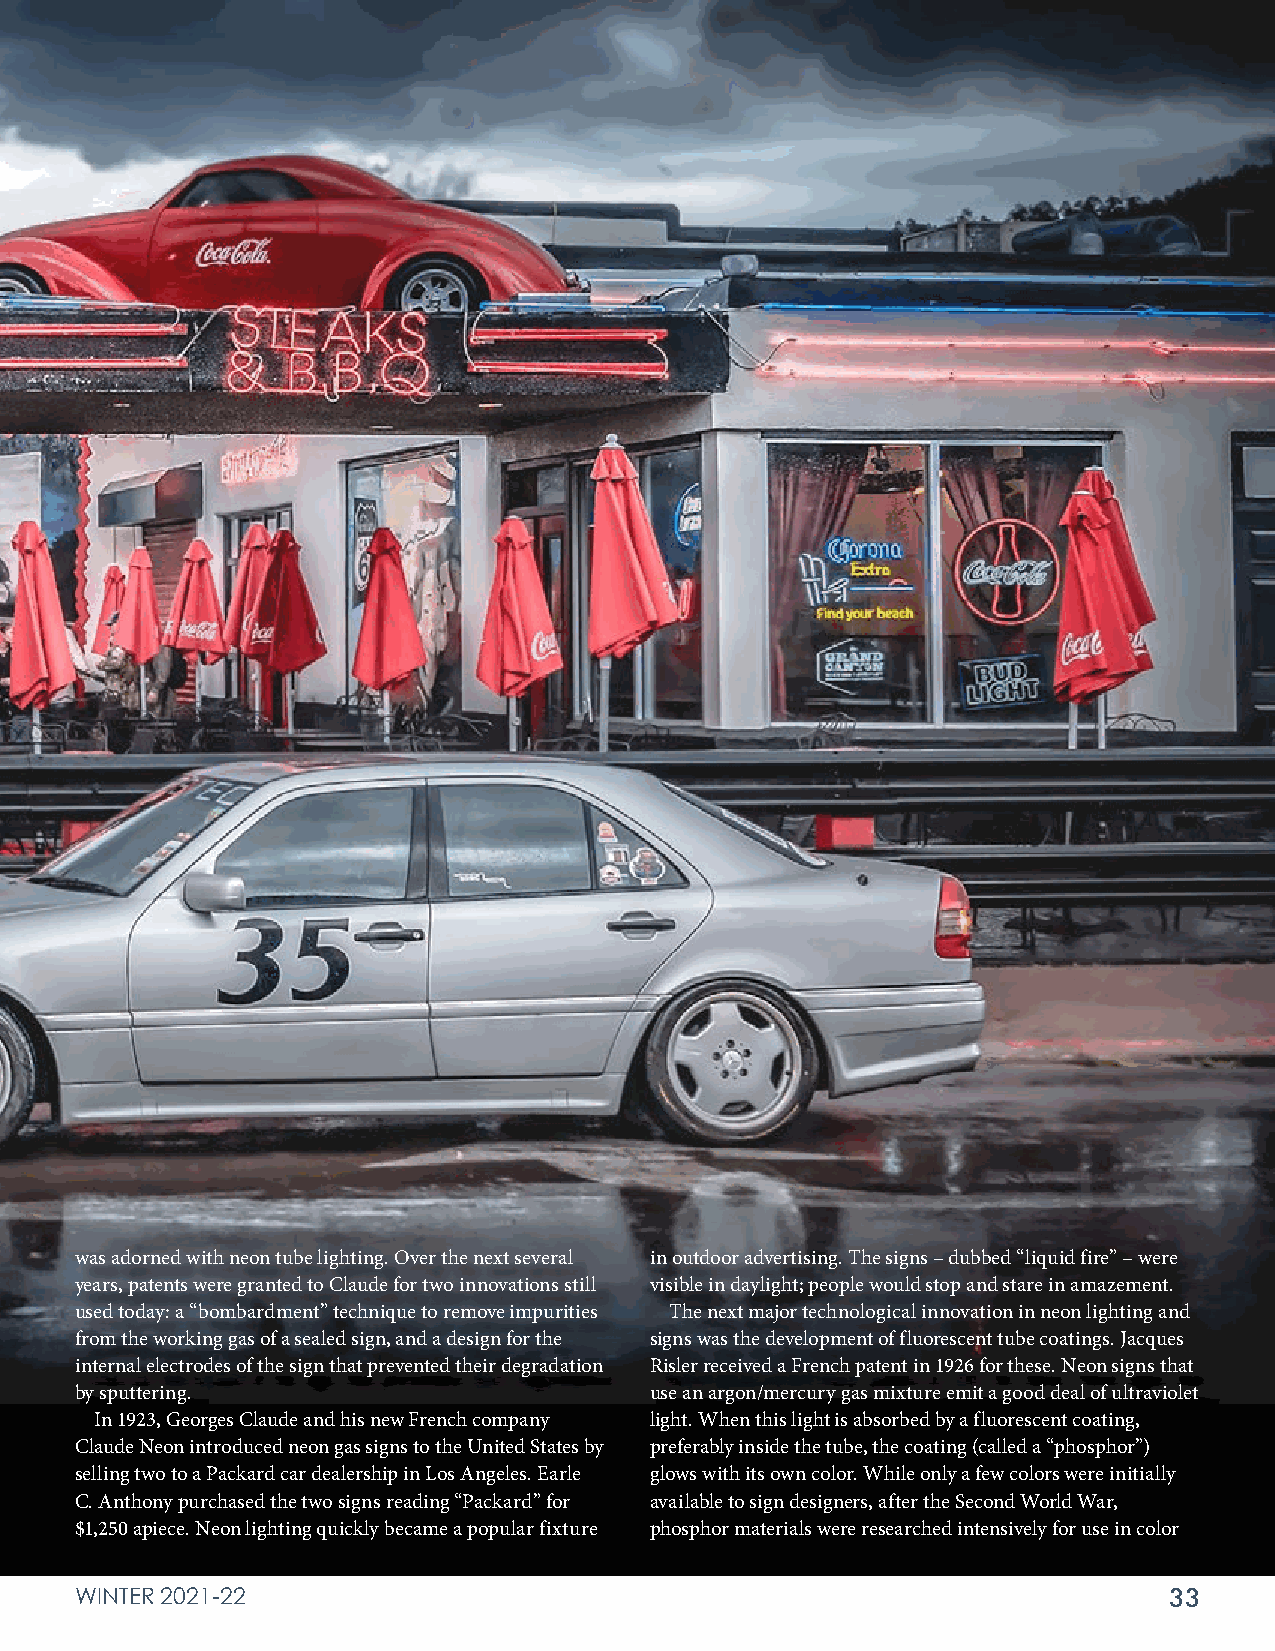
was adorned with neon tube lighting. Over the next several in outdoor advertising. The signs – dubbed “liquid fire” – were
 years, patents were granted to Claude for two innovations still visible in daylight; people would stop and stare in amazement.
 used today: a “bombardment” technique to remove impurities The next major technological innovation in neon lighting and
 from the working gas of a sealed sign, and a design for the signs was the development of fluorescent tube coatings. Jacques
 internal electrodes of the sign that prevented their degradation Risler received a French patent in 1926 for these. Neon signs that
 by sputtering.                        use an argon/mercury gas mixture emit a good deal of ultraviolet
 In 1923, Georges Claude and his new French company light. When this light is absorbed by a fluorescent coating,
 Claude Neon introduced neon gas signs to the United States by preferably inside the tube, the coating (called a “phosphor”)
 selling two to a Packard car dealership in Los Angeles. Earle glows with its own color. While only a few colors were initially
 C. Anthony purchased the two signs reading “Packard” for available to sign designers, after the Second World War,
 $1,250 apiece. Neon lighting quickly became a popular fixture phosphor materials were researched intensively for use in color
 WINTER 2021-22                                                          33